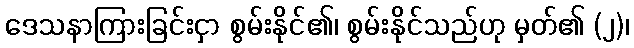
ဒေသနာကြားခြင်းငှာ စွမ်းနိုင်၏၊ စွမ်းနိုင်သည်ဟု မှတ်၏ (၂)၊